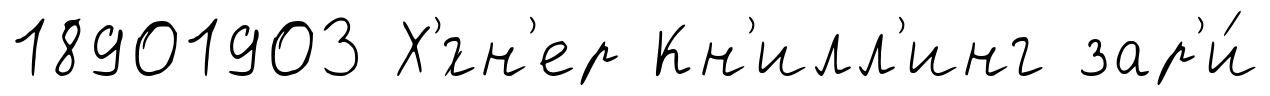
18901903 Х'́гн'ер Кн'илл'инг зар'и́